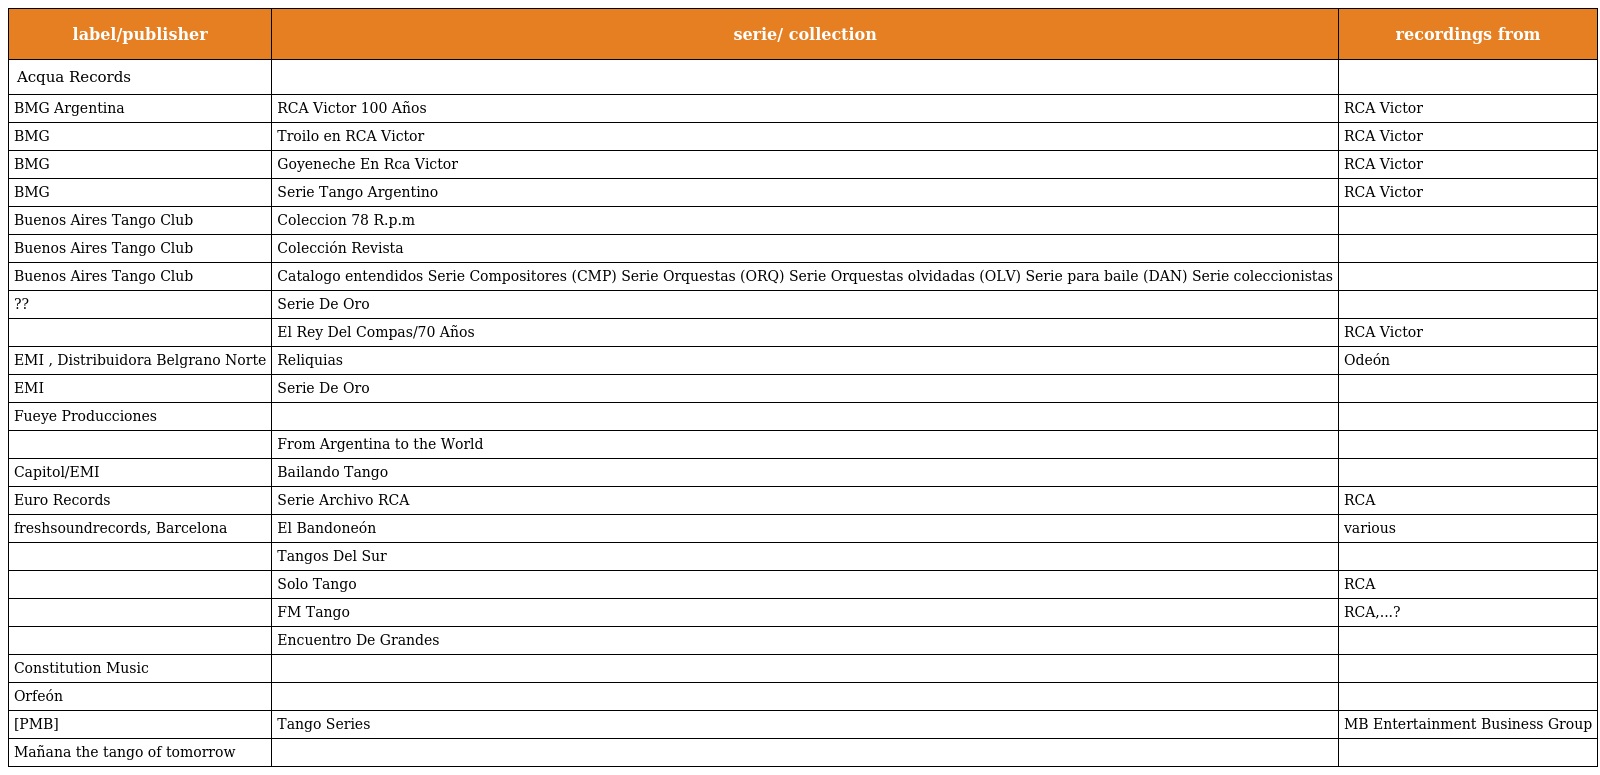
| label/publisher | serie/ collection | recordings from |
 | --- | --- | --- |
 | Acqua Records |  |  |
 | BMG Argentina | RCA Victor 100 Años | RCA Victor |
 | BMG | Troilo en RCA Victor | RCA Victor |
 | BMG | Goyeneche En Rca Victor | RCA Victor |
 | BMG | Serie Tango Argentino | RCA Victor |
 | Buenos Aires Tango Club | Coleccion 78 R.p.m |  |
 | Buenos Aires Tango Club | Colección Revista |  |
 | Buenos Aires Tango Club | Catalogo entendidos Serie Compositores (CMP) Serie Orquestas (ORQ) Serie Orquestas olvidadas (OLV) Serie para baile (DAN) Serie coleccionistas |  |
 | ?? | Serie De Oro |  |
 |  | El Rey Del Compas/70 Años | RCA Victor |
 | EMI , Distribuidora Belgrano Norte | Reliquias | Odeón |
 | EMI | Serie De Oro |  |
 | Fueye Producciones |  |  |
 |  | From Argentina to the World |  |
 | Capitol/EMI | Bailando Tango |  |
 | Euro Records | Serie Archivo RCA | RCA |
 | freshsoundrecords, Barcelona | El Bandoneón | various |
 |  | Tangos Del Sur |  |
 |  | Solo Tango | RCA |
 |  | FM Tango | RCA,...? |
 |  | Encuentro De Grandes |  |
 | Constitution Music |  |  |
 | Orfeón |  |  |
 | [PMB] | Tango Series | MB Entertainment Business Group |
 | Mañana the tango of tomorrow |  |  |